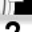
Digit: 2